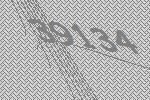
39134